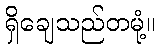
ရှိချေသည်တမုံ့။